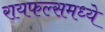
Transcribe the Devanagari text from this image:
रायफल्समध्ये